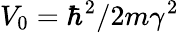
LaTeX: V_{0}=\hbar^{2}/2m\gamma^{2}